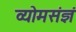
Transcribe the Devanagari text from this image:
व्योमसंज्ञं